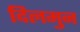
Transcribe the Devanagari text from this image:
दिलमुन